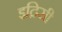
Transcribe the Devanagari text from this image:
इद्रिसी